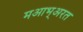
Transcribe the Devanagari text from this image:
मआभ्अरत